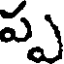
ప్ప